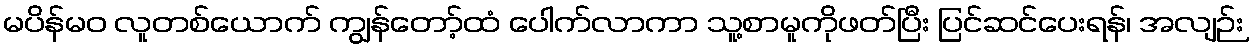
မပိန်မဝ လူတစ်ယောက် ကျွန်တော့်ထံ ပေါက်လာကာ သူ့စာမူကိုဖတ်ပြီး ပြင်ဆင်ပေးရန်၊ အလျဉ်း